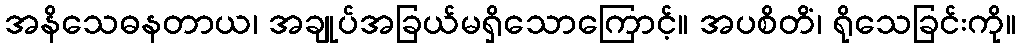
အနိသေဓနတာယ၊ အချုပ်အခြယ်မရှိသောကြောင့်။ အပစိတိံ၊ ရိုသေခြင်းကို။